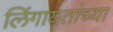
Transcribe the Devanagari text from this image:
लिंगायतांच्या